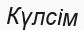
Күлсім